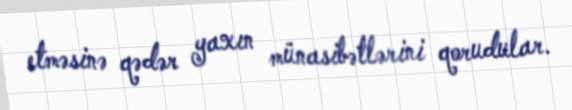
etməsinə qədər yaxın münasibətlərini qorudular.